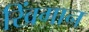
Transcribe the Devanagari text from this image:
खिंगान